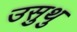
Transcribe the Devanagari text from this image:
उसुथु